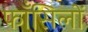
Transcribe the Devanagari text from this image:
फाँसिलों